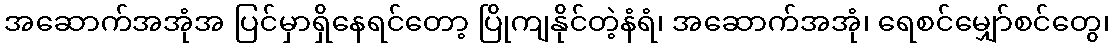
အဆောက်အအုံအ ပြင်မှာရှိနေရင်တော့ ပြိုကျနိုင်တဲ့နံရံ၊ အဆောက်အအုံ၊ ရေစင်မျှော်စင်တွေ၊